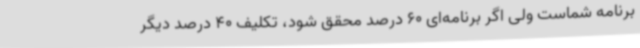
برنامه شماست ولی اگر برنامه‌ای 60 درصد محقق شود، تکلیف 40 درصد دیگر